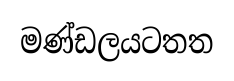
මණ්ඩලයටතත